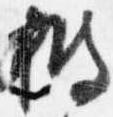
披